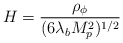
\begin{align*}H={\rho_{\phi} \over{(6\lambda_b M_p^2)^{1/2}}}\end{align*}